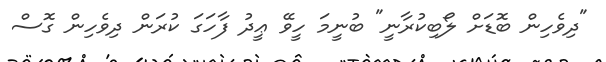
"ދިވެހިން ބޮޑަށް ލޯބިކުރާނީ" ބުނީމަ ހީވޭ ޢީދު ފާހަގަ ކުރަން ދިވެހިން ގޮސް